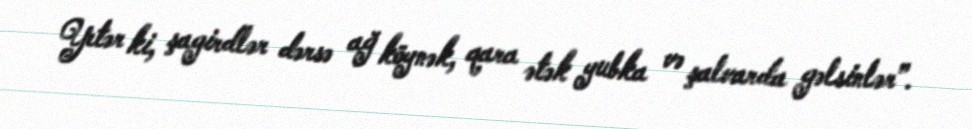
Yetər ki, şagirdlər dərsə ağ köynək, qara ətək yubka və şalvarda gəlsinlər”.